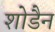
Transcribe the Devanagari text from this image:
शोडैन